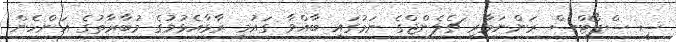
ސީ ސްޕޯޓްސް ރަންނަމާރި ޗެލެންޖްގެ ނަމުގައި ބާއްވާ ގައުމީ ރާޅާއެޅުމުގެ މުބާރާތުގެ އަންހެން